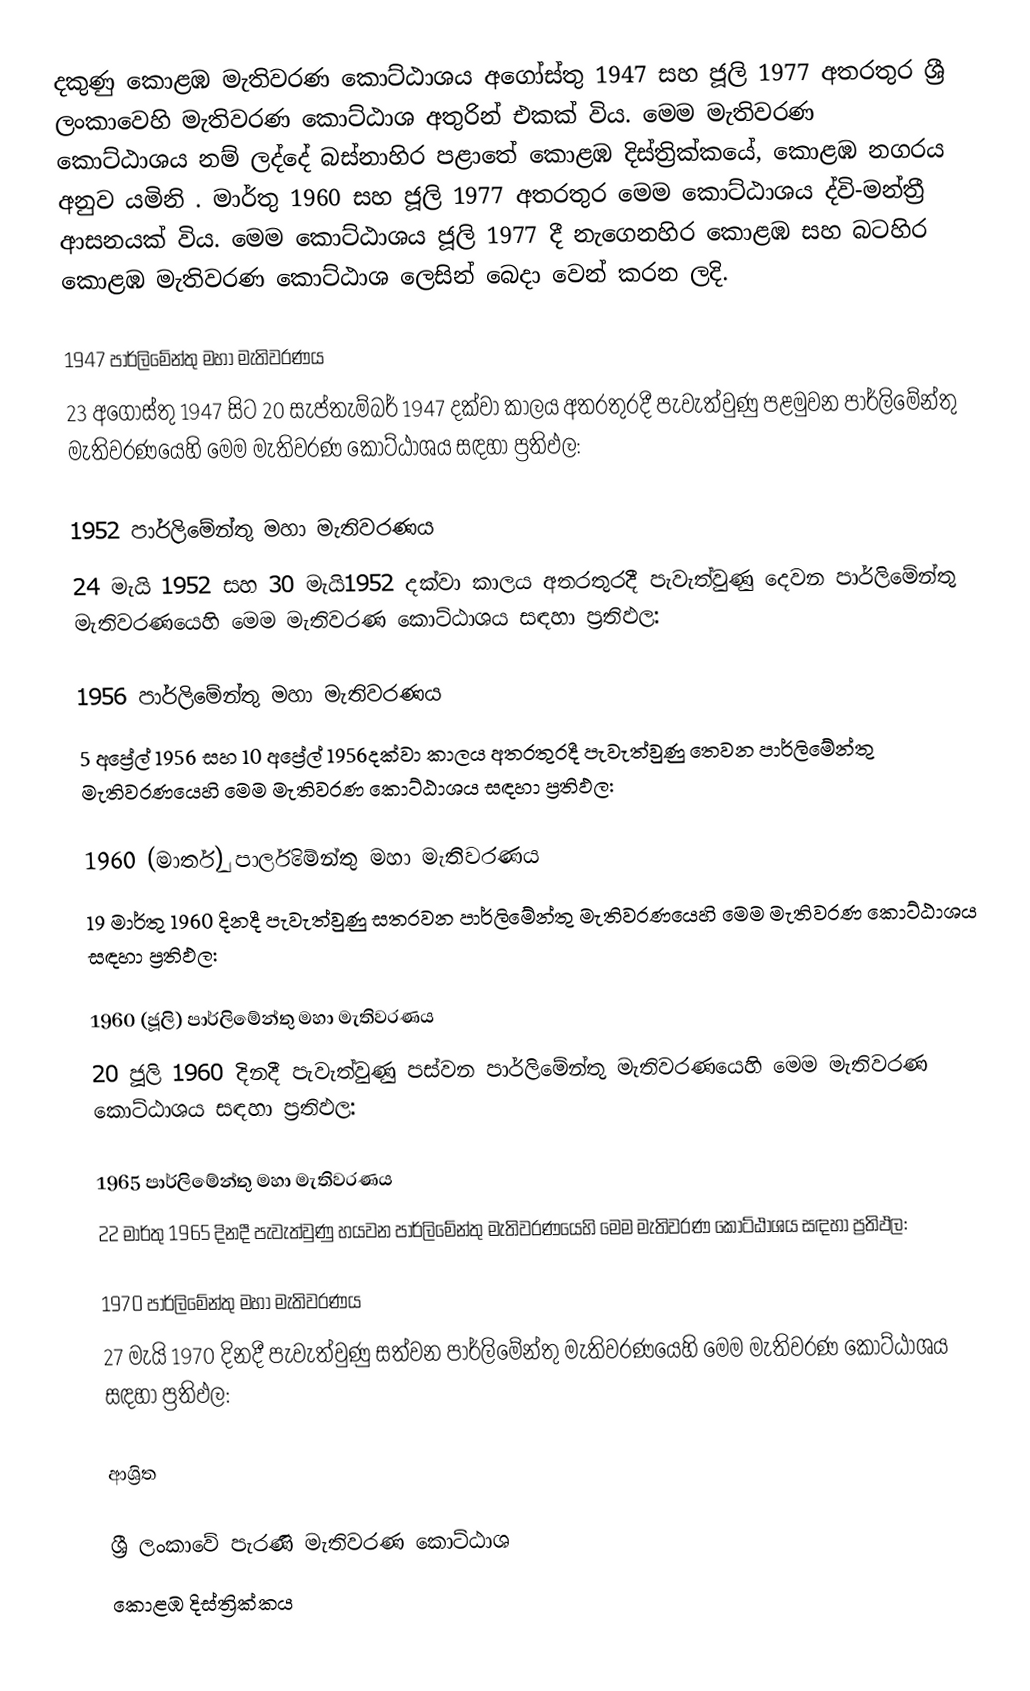
දකුණු කොළඹ මැතිවරණ කොට්ඨාශය  අගෝස්තු 1947 සහ ජූලි  1977 අතරතුර  ශ්‍රී ලංකාවෙහි  මැතිවරණ කොට්ඨාශ අතුරින් එකක් විය. මෙම මැතිවරණ කොට්ඨාශය නම් ලද්දේ  බස්නාහිර පළාතේ  කොළඹ දිස්ත්‍රික්කයේ,  කොළඹ නගරය අනුව යමිනි . මාර්තු 1960 සහ  ජූලි 1977 අතරතුර මෙම කොට්ඨාශය ද්වි-මන්ත්‍රී ආසනයක් විය. මෙම කොට්ඨාශය  ජූලි 1977 දී  නැගෙනහිර කොළඹ සහ   බටහිර කොළඹ මැතිවරණ කොට්ඨාශ ලෙසින් බෙදා වෙන් කරන ලදි.

1947 පාර්ලිමේන්තු මහා මැතිවරණය
23 අගෝස්තු 1947 සිට 20 සැප්තැම්බර් 1947 දක්වා කාලය අතරතුරදී පැවැත්වුණු   පළමුවන පාර්ලිමේන්තු මැතිවරණයෙහි මෙම මැතිවරණ කොට්ඨාශය සඳහා ප්‍රතිඵල:

1952 පාර්ලිමේන්තු මහා මැතිවරණය
24 මැයි 1952 සහ 30 මැයි1952 දක්වා කාලය අතරතුරදී පැවැත්වුණු   දෙවන පාර්ලිමේන්තු මැතිවරණයෙහි මෙම මැතිවරණ කොට්ඨාශය සඳහා ප්‍රතිඵල:

1956 පාර්ලිමේන්තු මහා මැතිවරණය
5 අප්‍රේල් 1956 සහ 10 අප්‍රේල් 1956දක්වා කාලය අතරතුරදී පැවැත්වුණු   තෙවන පාර්ලිමේන්තු මැතිවරණයෙහි මෙම මැතිවරණ කොට්ඨාශය සඳහා ප්‍රතිඵල:

1960 (මාර්තු) පාර්ලිමේන්තු මහා මැතිවරණය
19 මාර්තු 1960 දිනදී පැවැත්වුණු   සතරවන පාර්ලිමේන්තු මැතිවරණයෙහි මෙම මැතිවරණ කොට්ඨාශය සඳහා ප්‍රතිඵල:

1960 (ජූලි) පාර්ලිමේන්තු මහා මැතිවරණය
20 ජූලි 1960 දිනදී පැවැත්වුණු   පස්වන පාර්ලිමේන්තු මැතිවරණයෙහි මෙම මැතිවරණ කොට්ඨාශය සඳහා ප්‍රතිඵල:

1965 පාර්ලිමේන්තු මහා මැතිවරණය
22 මාර්තු 1965  දිනදී පැවැත්වුණු   හයවන පාර්ලිමේන්තු මැතිවරණයෙහි මෙම මැතිවරණ කොට්ඨාශය සඳහා ප්‍රතිඵල:

1970 පාර්ලිමේන්තු මහා මැතිවරණය
27 මැයි 1970 දිනදී පැවැත්වුණු   සත්වන පාර්ලිමේන්තු මැතිවරණයෙහි මෙම මැතිවරණ කොට්ඨාශය සඳහා ප්‍රතිඵල:

ආශ්‍රිත

ශ්‍රී ලංකාවේ පැරණි මැතිවරණ කොට්ඨාශ
 කොළඹ දිස්ත්‍රික්කය